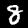
Digit: 8